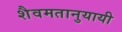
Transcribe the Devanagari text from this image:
शैवमतानुयायी